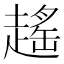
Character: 𧽎